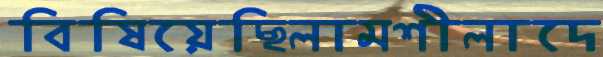
বিষিয়েছিলামশীলাদে